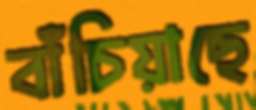
বাঁচিয়াছে